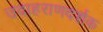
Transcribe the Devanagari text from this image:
उदाहराणदर्शक